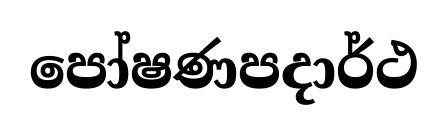
පෝෂණපදාර්ථ